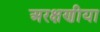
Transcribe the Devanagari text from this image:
अरक्षणीया